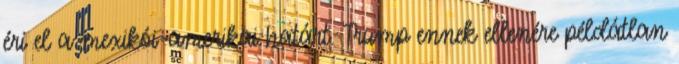
éri el a mexikói-amerikai határt. Trump ennek ellenére példátlan